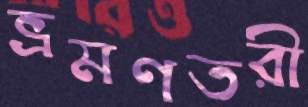
ভ্রমণতরী